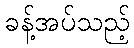
ခန့်အပ်သည့်